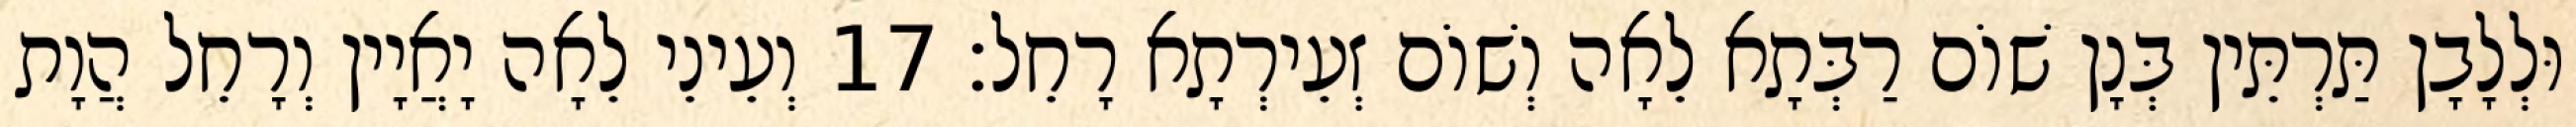
וּלְלָבָן תַּרְתֵּין בְּנָן שׁוֹם רַבְּתָא לֵאָה וְשׁוֹם זְעֵירְתָא רָחֵל׃ 17 וְעֵינֵי לֵאָה יָאֲיָין וְרָחֵל הֲוָת